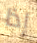
إذا